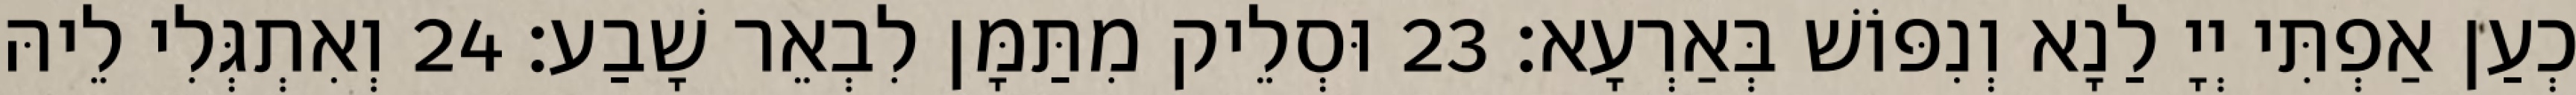
כְעַן אַפְתִּי יְיָ לַנָא וְנִפּוֹשׁ בְּאַרְעָא׃ 23 וּסְלֵיק מִתַּמָּן לִבְאֵר שָׁבַע׃ 24 וְאִתְגְּלִי לֵיהּ